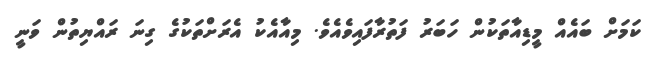
ކަމަށް ބައެއް މީޑިއާތަކުން ހަބަރު ފަތުރާފައިވެއެވެ. މިއާއެކު އެރަށްތަކުގެ ގިނަ ރައްޔިތުން ވަނީ